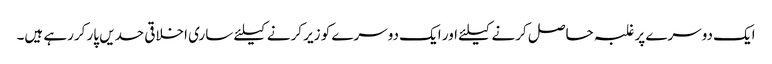
ایک دوسرے پر غلبہ حاصل کرنے کیلئے اور ایک دوسرے کو زیر کرنے کیلئے ساری اخلاقی حدیں پار کررہے ہیں۔